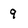
Character: 9